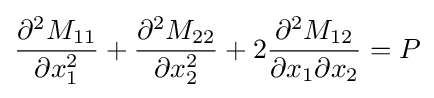
{\frac {\partial ^{2}M_{11}}{\partial x_{1}^{2}}}+{\frac {\partial ^{2}M_{22}}{\partial x_{2}^{2}}}+2{\frac {\partial ^{2}M_{12}}{\partial x_{1}\partial x_{2}}}=P